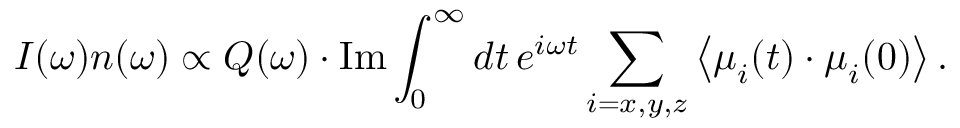
I ( \omega ) n ( \omega ) \propto Q ( \omega ) \cdot \mathrm { I m } \int _ { 0 } ^ { \infty } d t \, e ^ { i \omega t } \sum _ { i = x , y , z } \left\langle \boldsymbol { \mu } _ { i } ( t ) \cdot { \boldsymbol { \mu } _ { i } } ( 0 ) \right\rangle .